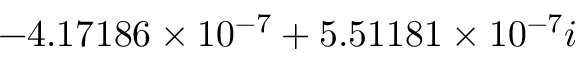
- 4 . 1 7 1 8 6 \times 1 0 ^ { - 7 } + 5 . 5 1 1 8 1 \times 1 0 ^ { - 7 } i